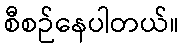
စီစဉ်နေပါတယ်။